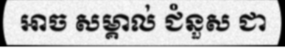
អាច សម្គាល់ ជំនួស ជា